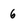
Character: 6